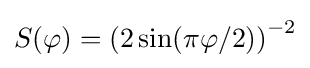
S(\varphi )=\left(2\sin(\pi \varphi /2)\right)^{-2}